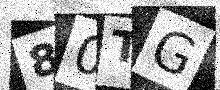
Text: 80TG